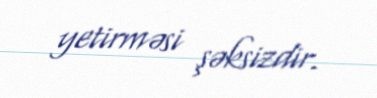
yetirməsi şəksizdir.